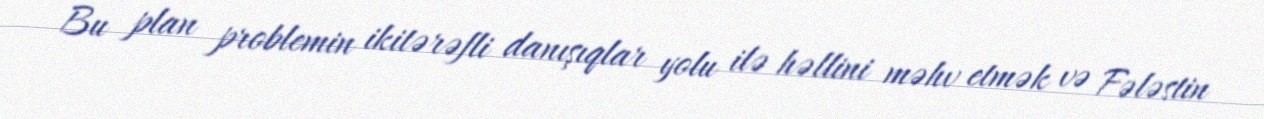
Bu plan problemin ikitərəfli danışıqlar yolu ilə həllini məhv etmək və Fələstin